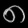
Digit: ၈